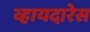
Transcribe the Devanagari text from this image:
व्हायदारेस